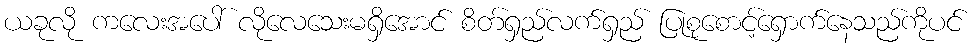
ယခုလို ကလေးအပေါ် လိုလေသေးမရှိအောင် စိတ်ရှည်လက်ရှည် ပြုစုစောင့်ရှောက်နေသည်ကိုပင်